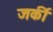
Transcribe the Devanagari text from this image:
जर्की